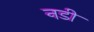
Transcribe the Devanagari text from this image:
नडी